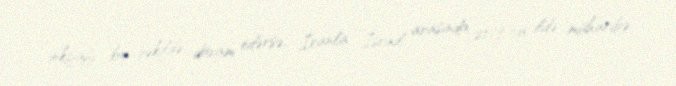
inkişafı bu şəkildə davam edərsə, İranla İsrail arasında 2019-cu ildə müharibə